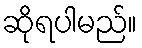
ဆိုရပါမည်။